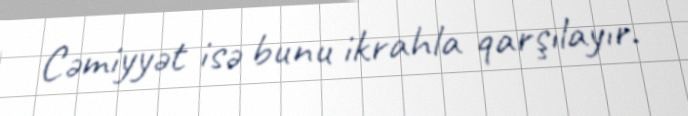
Cəmiyyət isə bunu ikrahla qarşılayır.